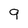
Character: 9